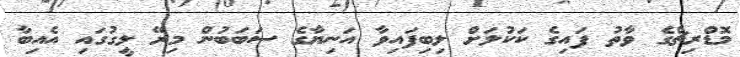
މޮޑްރިޗްގެ ވާތު ފައިގެ ކަކުލަށް ލިބިފައިވާ އަނިޔާގެ ސަބަބުން މިރޭ ލީގުގައި އެއިބާ